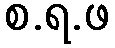
စ.ရ.ဖ